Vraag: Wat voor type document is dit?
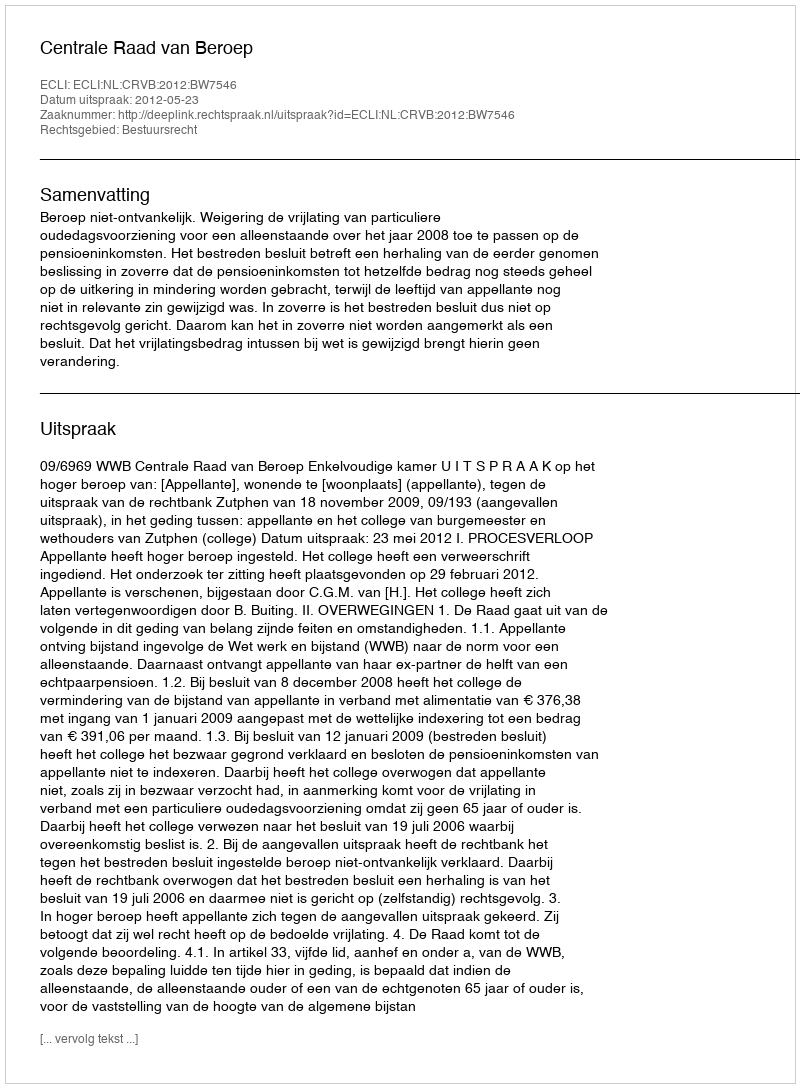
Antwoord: Uitspraak